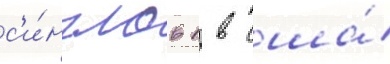
с'и́нглов 1 в сша́